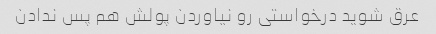
عرق شوید درخواستی رو نیاوردن پولش هم پس ندادن